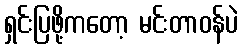
ရှင်းပြဖို့ကတော့ မင်းတာဝန်ပဲ